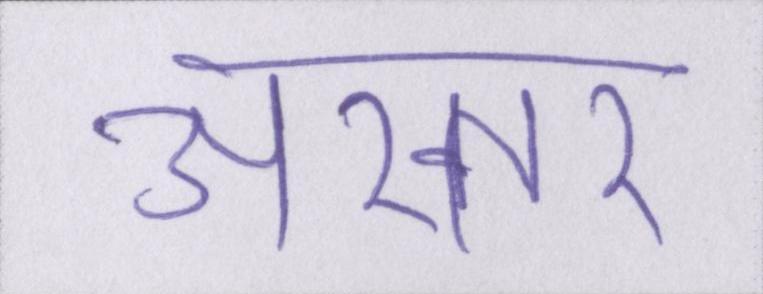
अख्तर